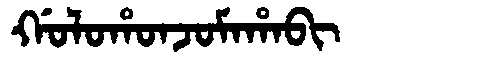
Manchu: ᡤᠣᠯᠣᡥᠣᠨᠵᠣᠮᠠᡥᠠᠪᡳ
Romanization: GOLOHONJOMAHABI